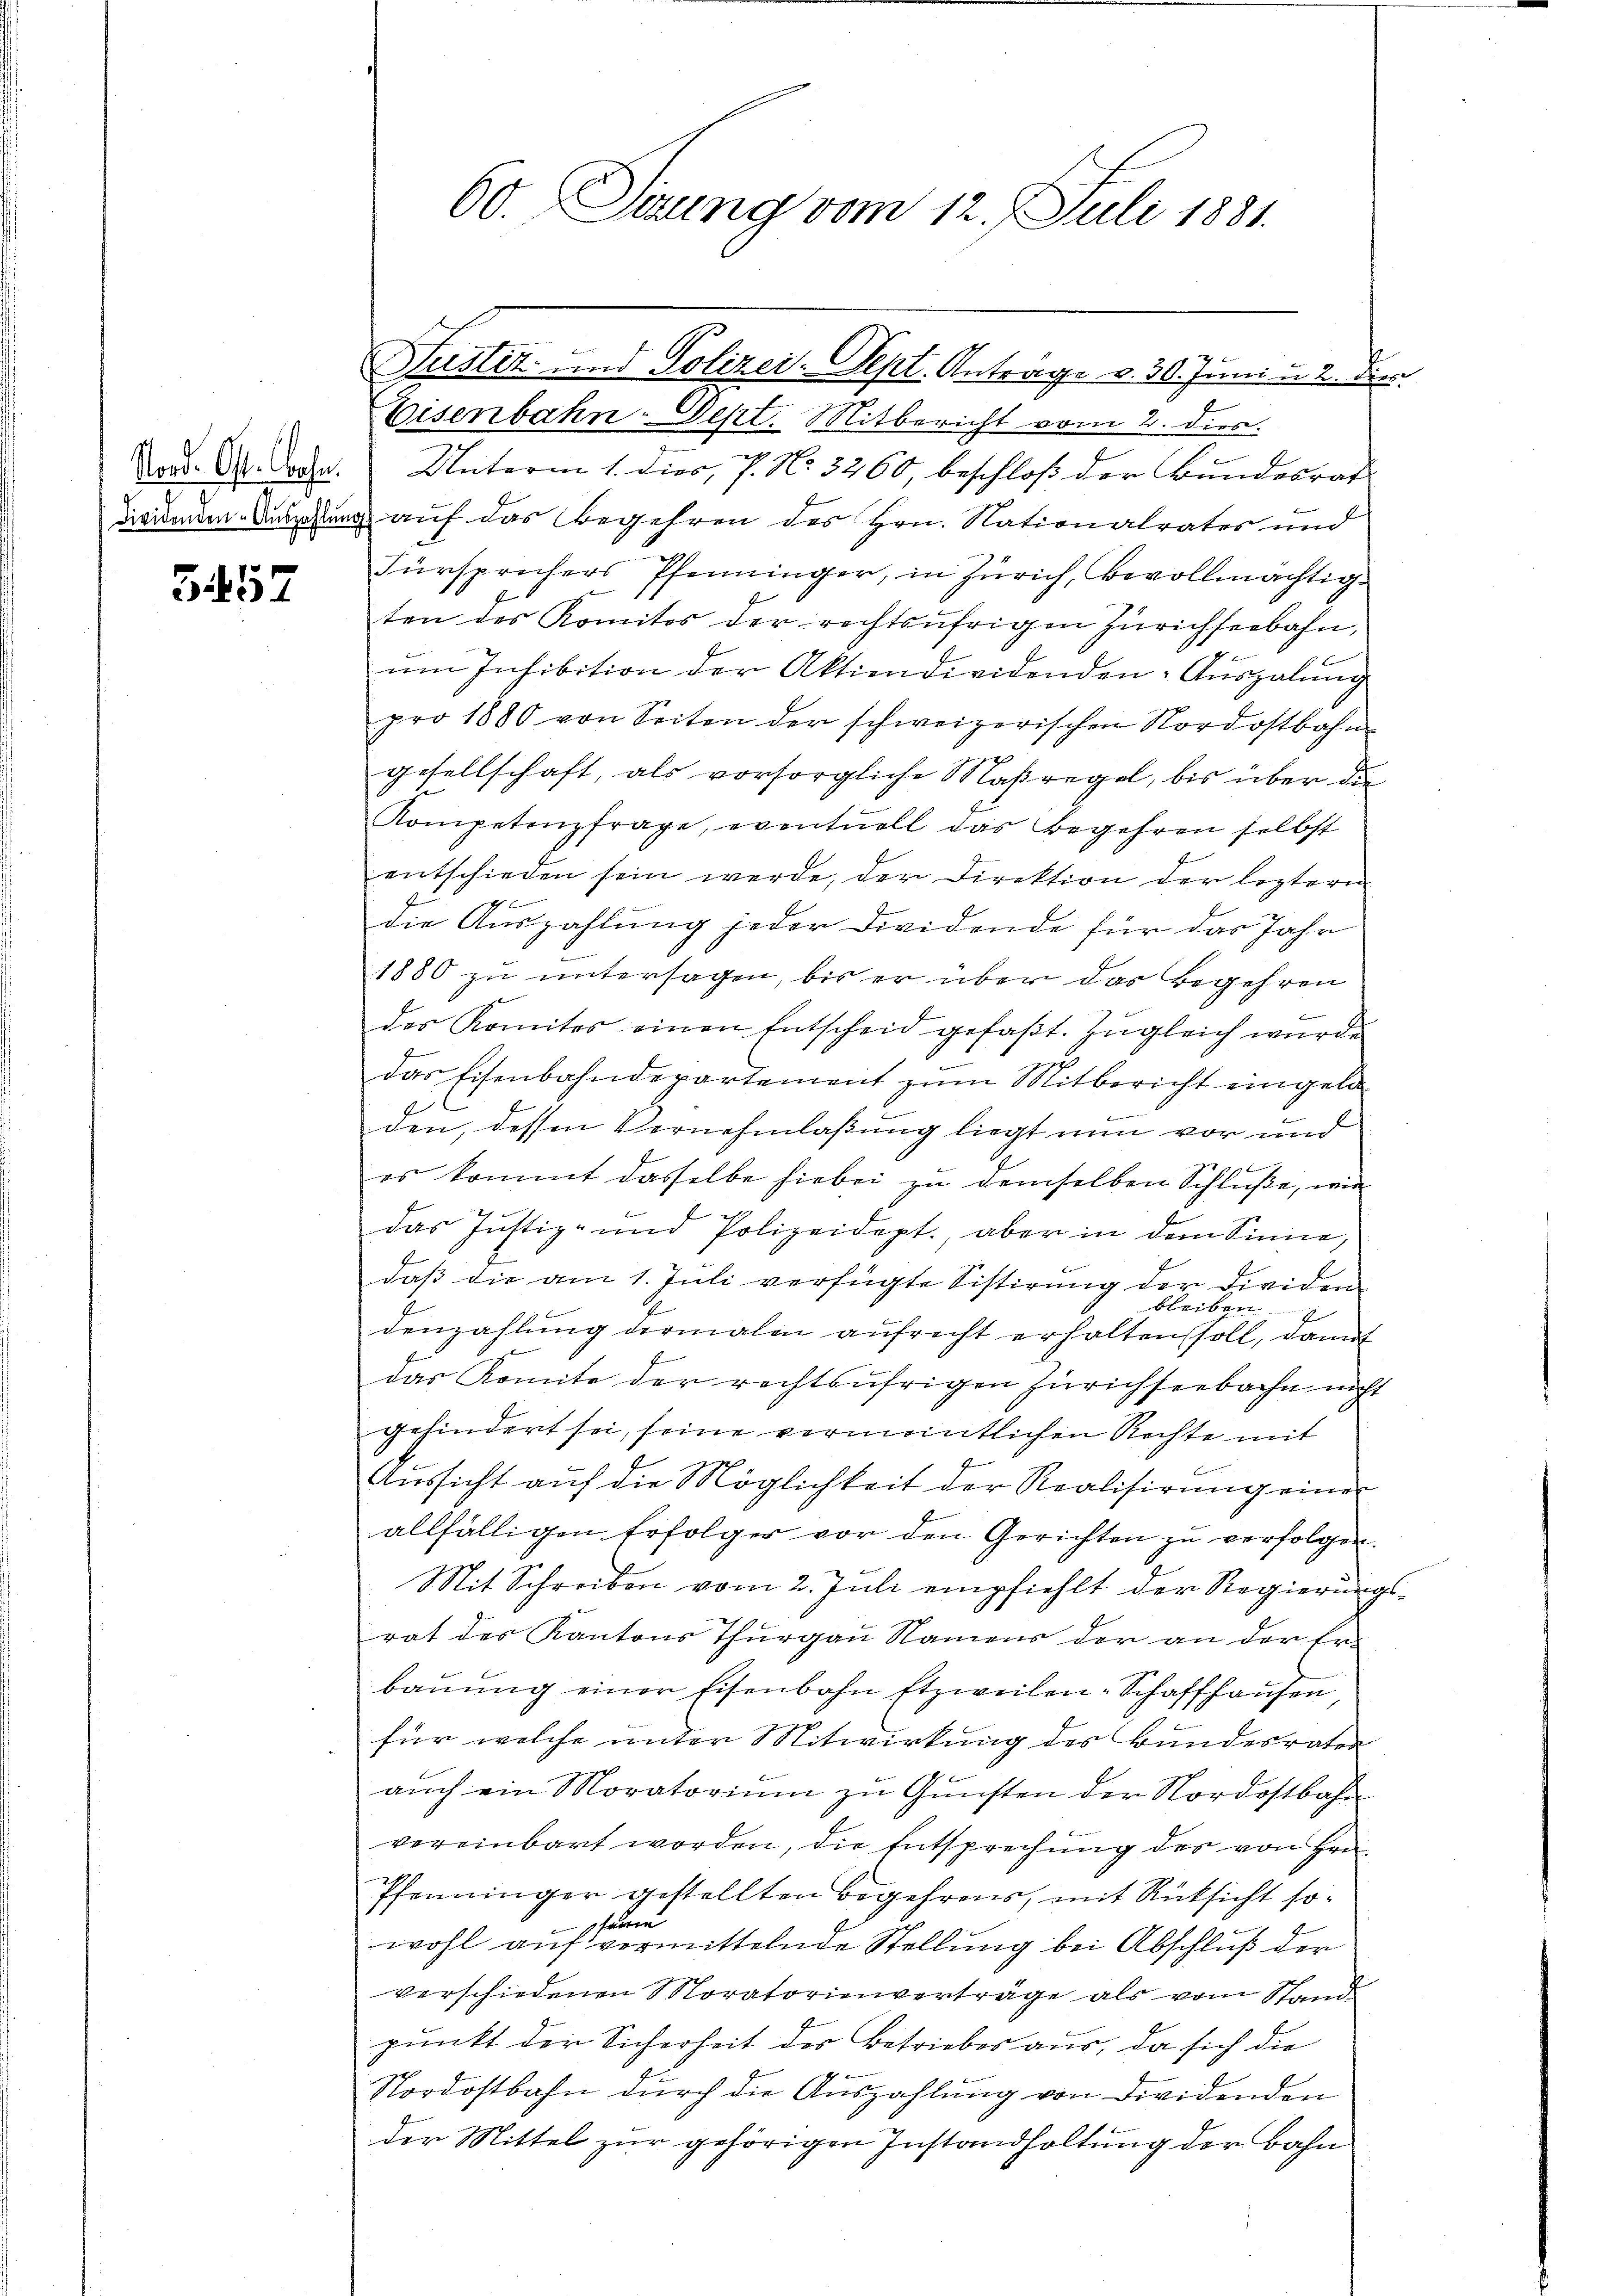
557

60. Sitzung vom 12. Juli 1881.

Hlustiz- und Polizei. Sept. Antrage v. 30. Juni u. 2. Dies

Eisenbahn-Sept. Mitbericht vom 2. dies.
Tord. G. Sache. Unterm 1. Dier, 7. No. 3260, beschloß der Bundesrat
dividenten-Auszahlung auf das Begehren des Hrn. Nationalrates und
Fürsprechers Pfenninger, in Zürich, bevollmächtig-
ten des Komites der rechtsŭfrigen Zürichseebahn,
um Inhibition der Aktiendividenden-Auszalung
pro 1880 von Seiten der schweizerischen Nordostbahngesellschaft, als vorsorgliche Maßregel, bis über die
Kompetenzfrage, eventuell das Begehren selbst
entschieden sein werde, der Direktion der leztern
 6
die Auszahlung jeder Dividende für das Jahr
.
1880 zu untersagen, bis er über das Begehren
des Komites einen Entscheid gefaβt. Zŭgleich wurde
das Eisenbahndepartement zum Mitbericht eingela
t.
t
den, dessen Vernehmlaßung liegt nun vor und
f
es kommt dasselbe hiebei zu demselben Schluße, wir
a
das Justiz- und Polizeidept. aber in dem Sinne,
daβ die am 1. Juli verfügte Sistirung der Dividen
bleiben.
denzahlung dermalen aufrecht erhalten soll, damit
das Komite der rechtsufrigen Zürichseebache nicht
gehindert sei, seine vermeintlichen Rechte mit
Aŭssicht aŭf die Möglichkeit der Realisirŭng einer
allfälligen Erfolger vor den Gerichten zu verfolgen.
Mit Schreiben vom 2. Juli empfiehlt der Regierungsrat des Kantons Thurgau Namens der an der Er-
baŭŭng einer Eisenbahn Etzweilen-Schaffhaŭsen,
für welche unter Mitwirkung des Bundesrater
auch ein Moratorium zu Gunsten der Nordostbahn
voreinbart worden, die Entsprechung des von Hrn.
Pfenninger gestellten Begehrens, mit Rücksicht sopfarren
wohl auf vermittelnde Stellung bei Abschluß der
verschiedenen Moratorienverträge als vom Stand
punkt der Sicherheit der Betriebes aus, da sich die
Nordostbahn durch die Auszahlung von Dividenden
der Mittel zur gehörigen Instandhaltung der Bahn